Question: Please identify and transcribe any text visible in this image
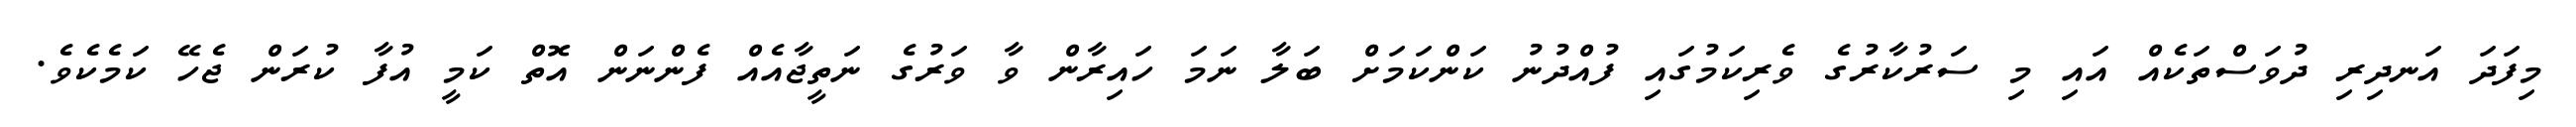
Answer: މިފަދަ އަނދިރި ދުވަސްތަކެއް އައި މި ސަރުކާރުގެ ވެރިކަމުގައި ފުއްދުނު ކަންކަމަށް ބަލާ ނަމަ ހައިރާން ވާ ވަރުގެ ނަތީޖާއެއް ފެންނަން އޮތް ކަމީ އުފާ ކުރަން ޖެހޭ ކަމެކެވެ.